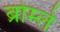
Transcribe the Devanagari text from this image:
ब्रोम्ले